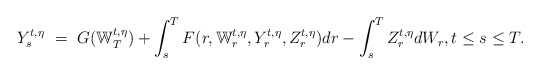
\begin{align*}Y_s^{t,\eta} \ = \ G(\mathbb W_T^{t,\eta}) + \int_s^T F(r,\mathbb W_r^{t,\eta},Y_r^{t,\eta},Z_r^{t,\eta}) dr - \int_s^T Z_r^{t,\eta} dW_r, t \leq s \leq T.\end{align*}